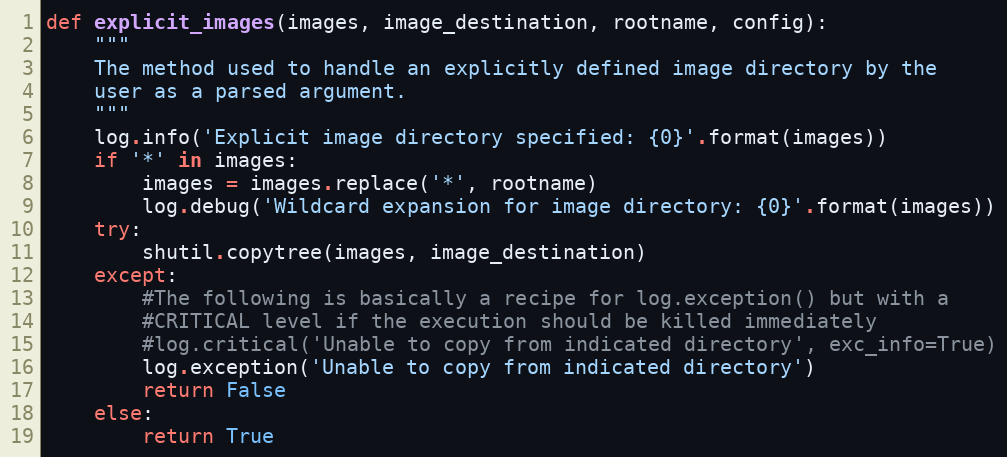
Language: Python
def explicit_images(images, image_destination, rootname, config):
    """
    The method used to handle an explicitly defined image directory by the
    user as a parsed argument.
    """
    log.info('Explicit image directory specified: {0}'.format(images))
    if '*' in images:
        images = images.replace('*', rootname)
        log.debug('Wildcard expansion for image directory: {0}'.format(images))
    try:
        shutil.copytree(images, image_destination)
    except:
        #The following is basically a recipe for log.exception() but with a
        #CRITICAL level if the execution should be killed immediately
        #log.critical('Unable to copy from indicated directory', exc_info=True)
        log.exception('Unable to copy from indicated directory')
        return False
    else:
        return True